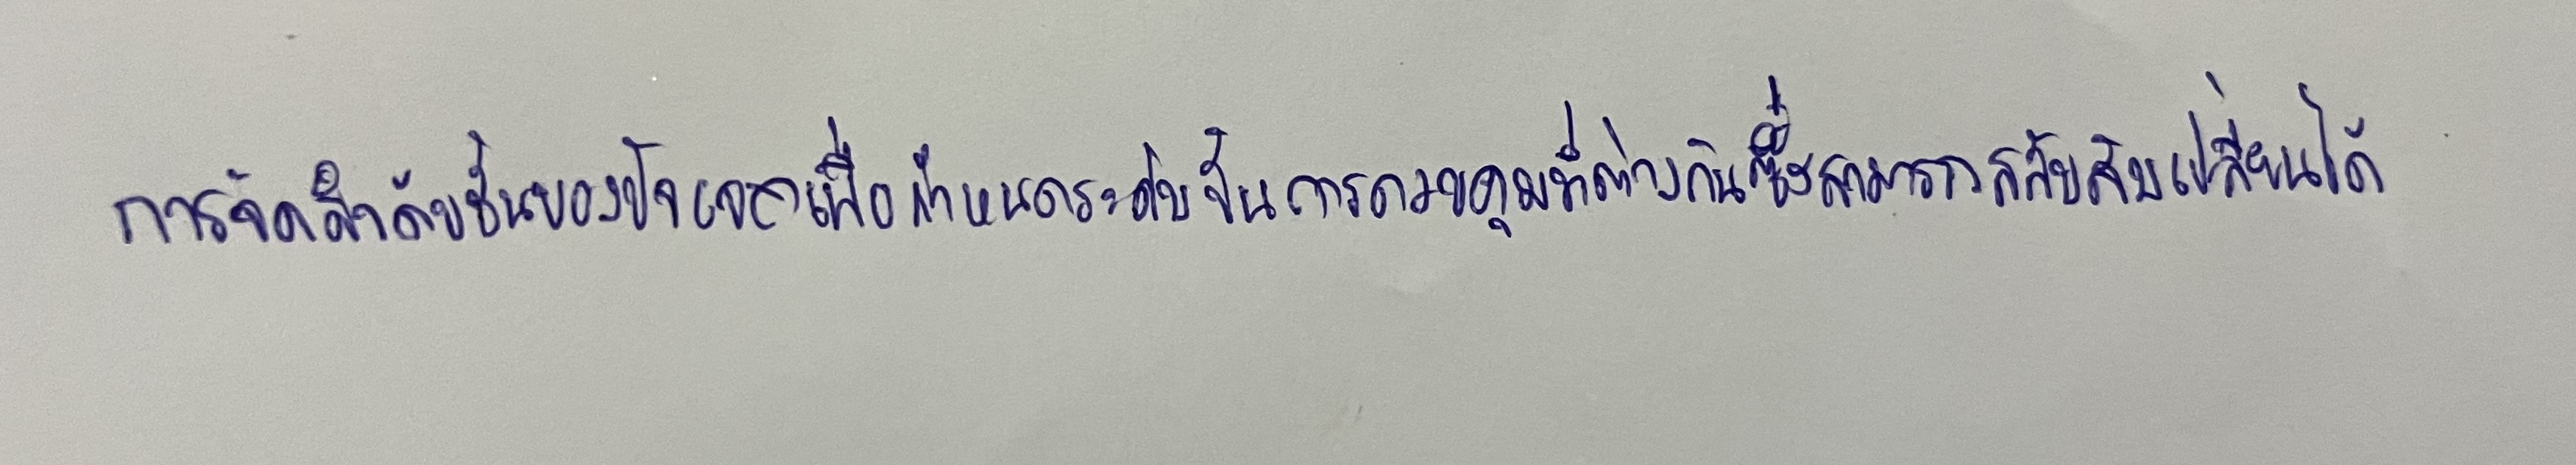
การจัดลำดับชั้นของปัจเจกเพื่อกำหนดระดับขั้นการควบคุมที่ต่างกันซึ่งสามารถสลับสับเปลี่ยนได้